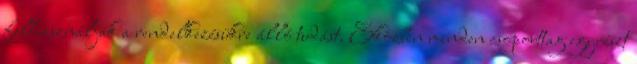
felhasználják a rendelkezésükre álló tudást. Eközben minden csoporttag egyrészt